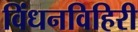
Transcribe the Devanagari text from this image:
विंधनविहिरी